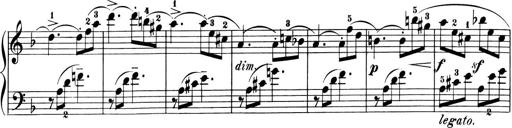
Title: 6 Piano Sonatinas
Composer: Cornelius Gurlitt